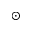
_ \odot